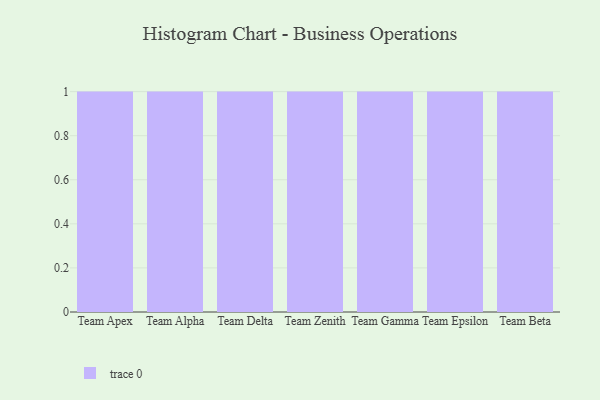
{"axis": {"x": "Team", "y": "Active Users"}, "legend": [""], "data": [{"x": "Team Apex", "y": 81, "type": ""}, {"x": "Team Alpha", "y": 57, "type": ""}, {"x": "Team Delta", "y": 88, "type": ""}, {"x": "Team Zenith", "y": 32, "type": ""}, {"x": "Team Gamma", "y": 55, "type": ""}, {"x": "Team Epsilon", "y": 69, "type": ""}, {"x": "Team Beta", "y": 84, "type": ""}]}